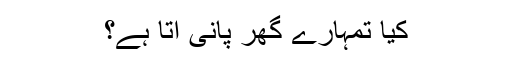
کیا تمہارے گھر پانی آتا ہے؟